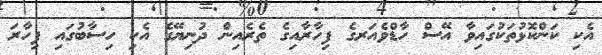
އެކި ކަންކޮޅުތަކުގައިވާ އޭސް ހާޑްވެއަރގެ ފިހާރާއިގެ ތެރެއިން ދުނިޔޭގެ އެކި ހިސާބުގައި ފިހާރަ